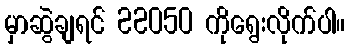
မှာဆွဲချရင် 22050 ကိုရွေးလိုက်ပါ။